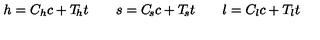
h = C _ { h } c + T _ { \! h } t \qquad s = C _ { \! s } c + T _ { \! s } t \qquad l = C _ { l } c + T _ { l } t